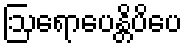
ဩရောပေန္တိပိပေ